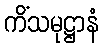
ကိံသမုဋ္ဌာနံ